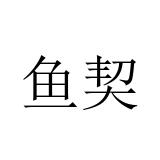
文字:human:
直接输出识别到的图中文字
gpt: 鱼契